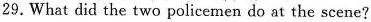
29. What did the two policemen do at the scene?